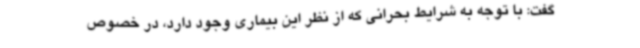
گفت: با توجه به شرایط بحرانی که از نظر این بیماری وجود دارد، در خصوص